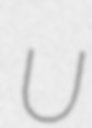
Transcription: U